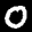
Label: 0